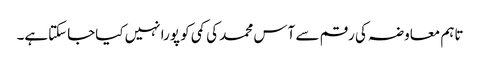
تاہم معاوضہ کی رقم سے آس محمد کی کمی کو پورا نہیں کیاجاسکتاہے۔